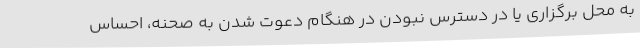
به محل برگزاری یا در دسترس نبودن در هنگام دعوت شدن به صحنه، احساس